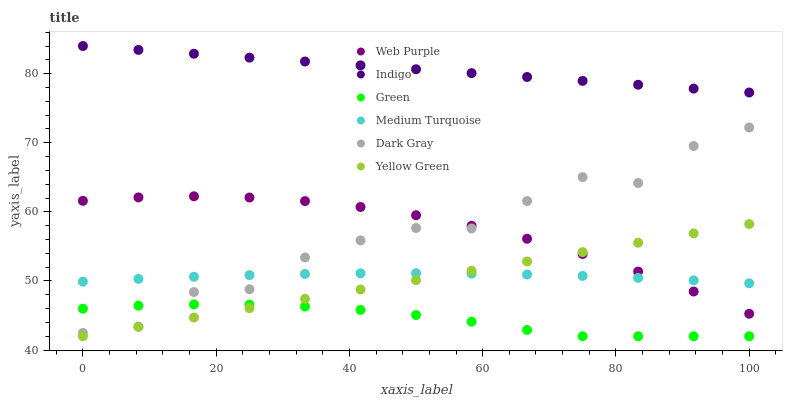
| xaxis_label | Web Purple | Indigo | Green | Medium Turquoise | Dark Gray | Yellow Green |
 | --- | --- | --- | --- | --- | --- | --- |
 | 0 | 61.6 | 84 | 46 | 49.9 | 42.5 | 42 |
 | 8.33 | 62.1 | 83.4 | 46.4 | 50.3 | 43.4 | 43.4 |
 | 16.7 | 62.3 | 82.9 | 46.6 | 50.6 | 48.4 | 44.7 |
 | 25 | 62.1 | 82.3 | 46.6 | 50.8 | 48.8 | 46.1 |
 | 33.3 | 61.6 | 81.8 | 46.3 | 51 | 53.4 | 47.4 |
 | 41.7 | 60.7 | 81.2 | 45.8 | 51.1 | 55.9 | 48.8 |
 | 50 | 59.5 | 80.6 | 45.1 | 51.1 | 57.7 | 50.1 |
 | 58.3 | 58 | 80.1 | 44.1 | 51.1 | 57.6 | 51.5 |
 | 66.7 | 56.1 | 79.5 | 42.9 | 50.9 | 61.6 | 52.8 |
 | 75 | 53.9 | 79 | 42 | 50.7 | 65 | 54.2 |
 | 83.3 | 51.4 | 78.4 | 42 | 50.4 | 64.2 | 55.5 |
 | 91.7 | 48.5 | 77.8 | 42 | 50.1 | 69.5 | 56.9 |
 | 100 | 45.3 | 77.3 | 42 | 49.7 | 72.2 | 58.2 |